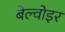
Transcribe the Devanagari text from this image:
बेल्वोइर